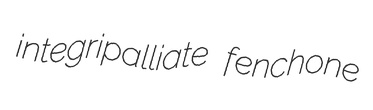
integripalliate fenchone